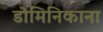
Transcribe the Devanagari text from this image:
डोमिनिकाना